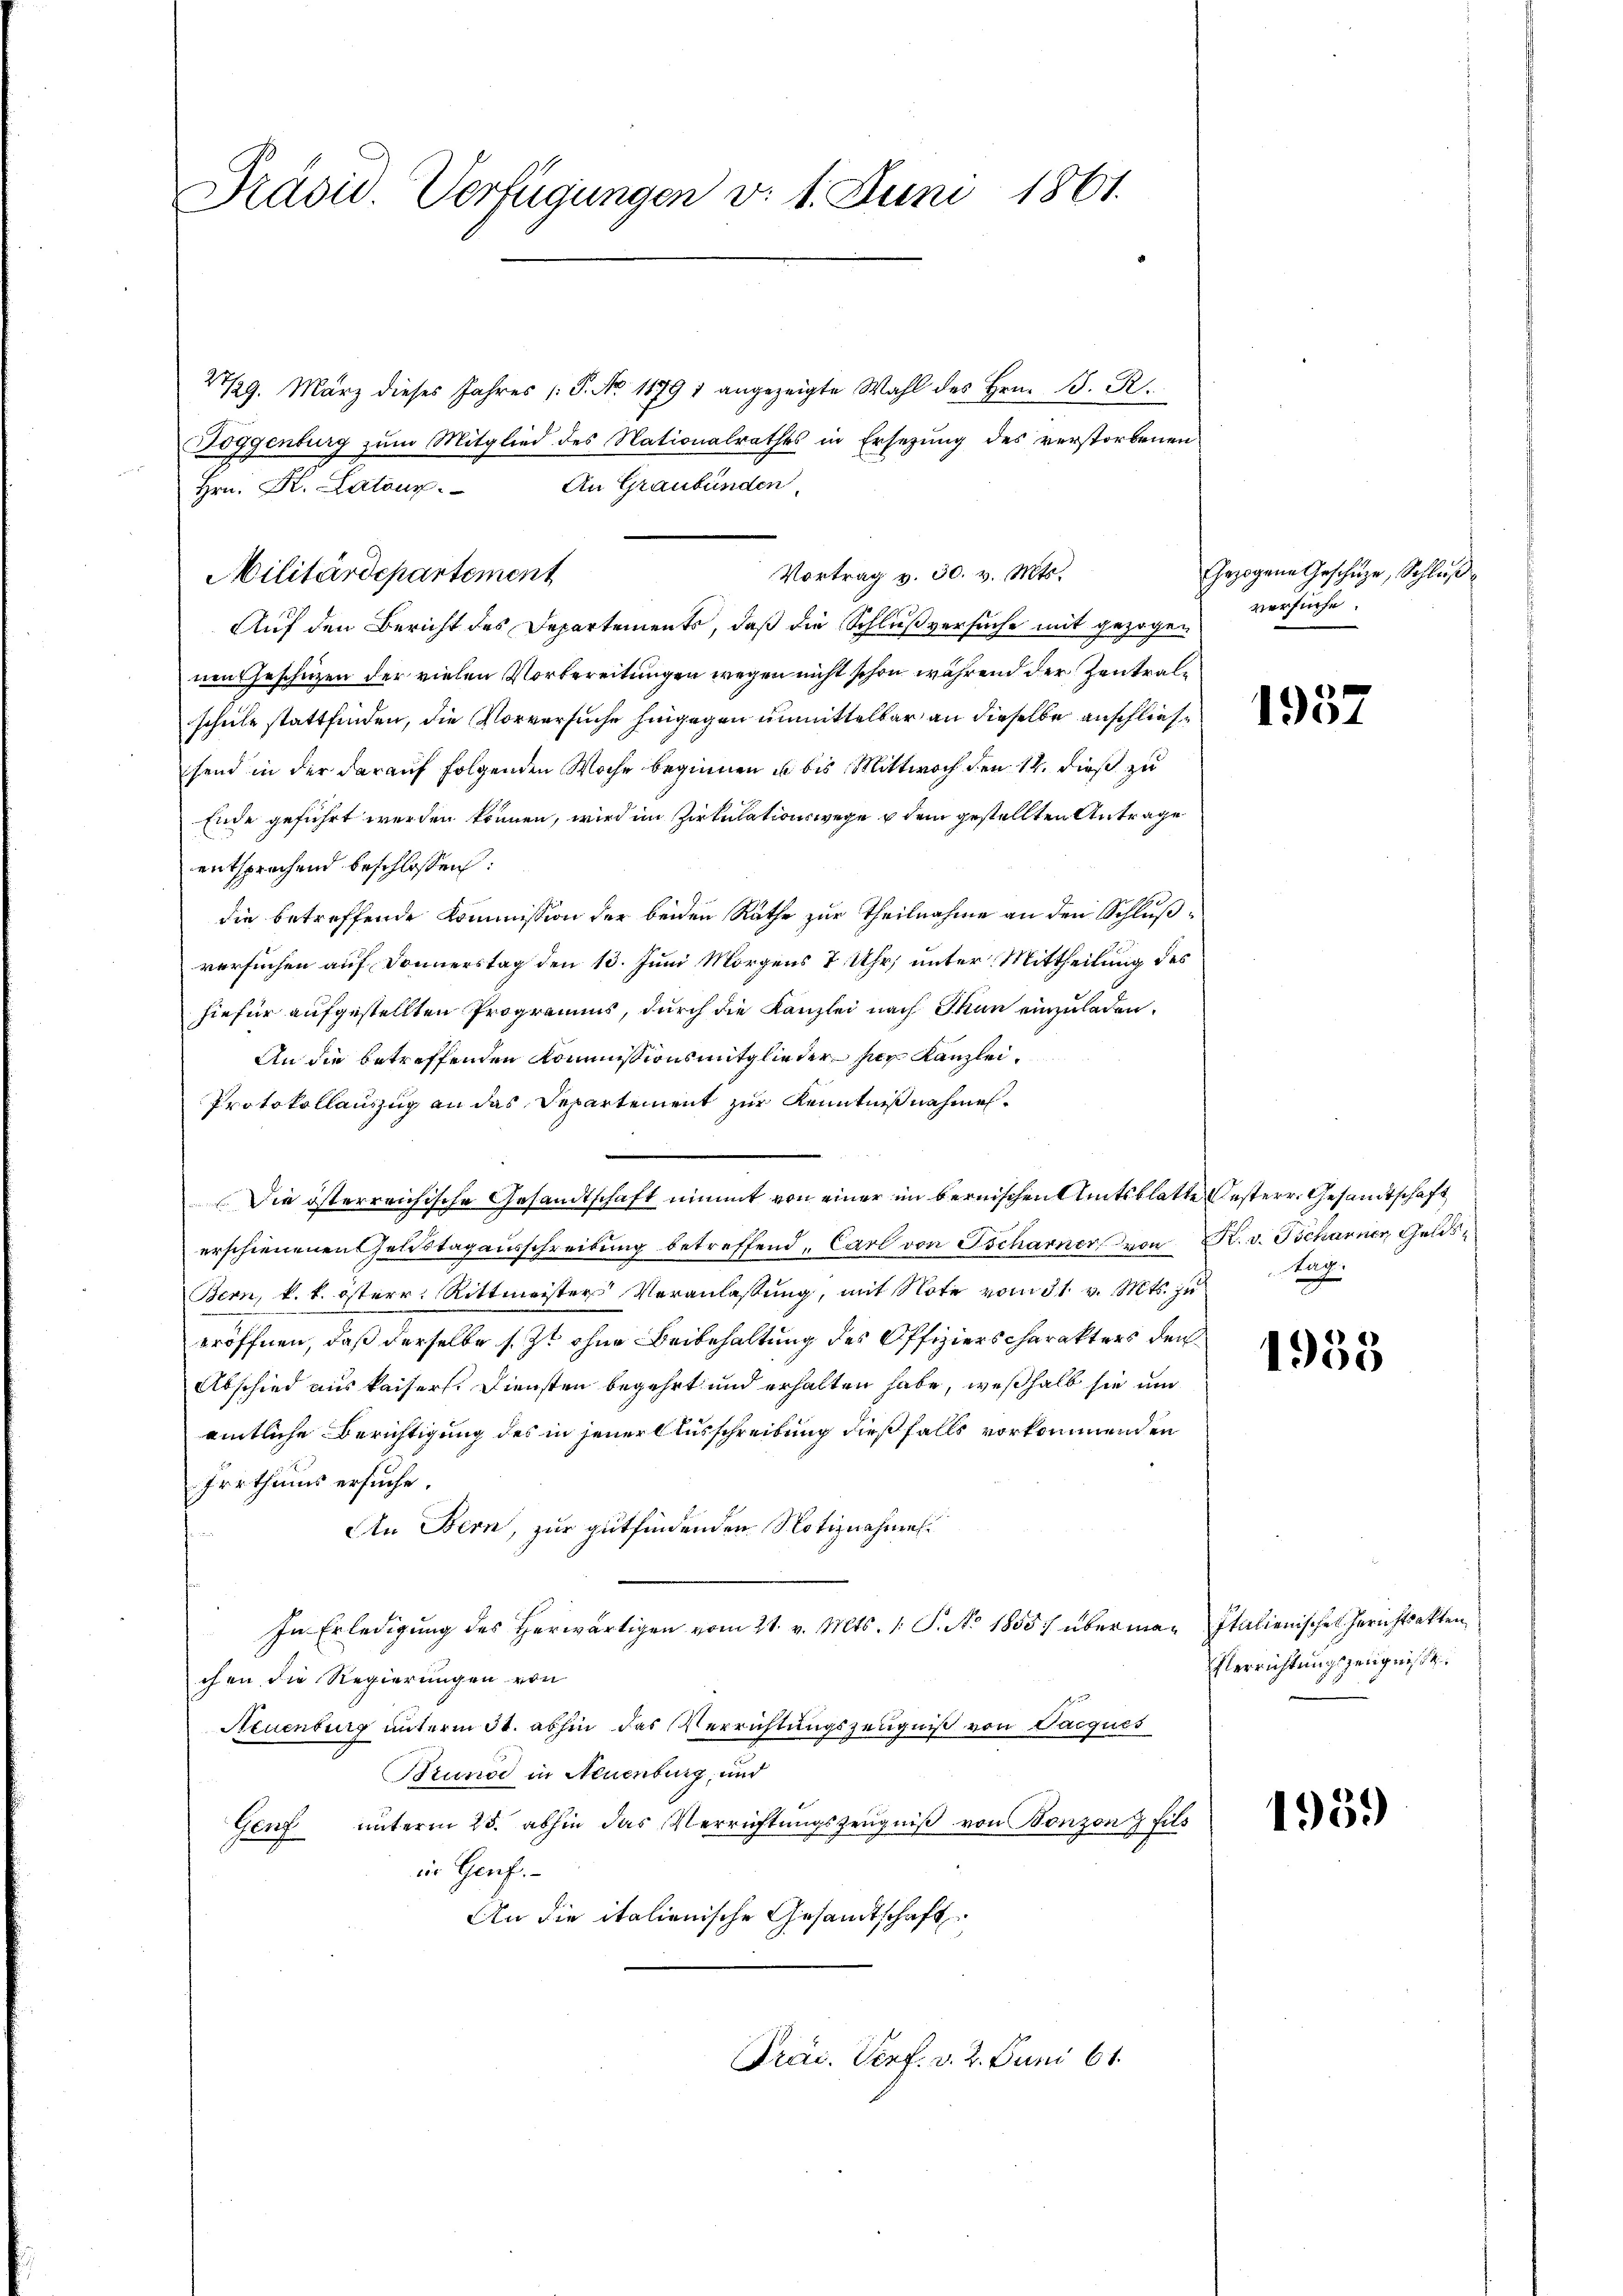
Präsid. Verfügungen v. 1. Juni 1861.

29. März dieses Jahres (S. No. 11791 angezeigte Wahl des Hrn. B. R.
Auf den Bericht des Departements, daß die Schlußversuche mit gezogen
nen Geschäzen der vielen Vorbereitungen wegen nicht schon während der Zentralschule stattfinden, die Vorversuche hingegen unmittelbar an dieselbe anschließsend in der darauf folgenden Woche beginnen u. bis Mittwoch den 14. dieß zu
Ende geführt werden können, wird im Zirkulationswege & dem gestellten Antrage
entsprechend beschlossen:
die betreffende Kommission der beiden Rathe zur Theilnahme an den Schlußversuchen auf Donnerstag den 13. Juni Morgens 7 Uhr, unter Mittheilung des
hiefür aufgestellten Programms, durch die Kanzlei nach Thun einzuladen.
An die betreffenden Kommissionsmitglieder für Kanzlei.
Protokollauszug an das Departement zur Kenntnißnahmes¬
Die österreichische Gesandtschaft nimmt von einer im bernischen Amtsblatte esterr. Gesandtschaft,
erschienenen Geldstagausschreibung betreffend, Carl von Scharner von R. v. Tscharner Gelds
Bern, k. k. österr. Rittmeisters Veranlassung, mit Note vom 31. v. Mts. zu
eröffnen, daß derselbe s. Zt ohne Beibehaltung des Offizierscharakters den
Abschied aus kaisers. Diensten begehrt und erhalten habe, weßhalb sie um
amtliche Berichtigung des in jener Ausschreibung dießfalls vorkommenden
Irrthums ersuche.
An Bern, zur gutfindenden Notiznahmen
In Erledigung des herwärtigen vom 21. v. Mts. 1. P. No 18557 überman Italienische Gerichtsakten,
chen die Regierungen von
Neuenburg unterm 31. abhin das Verrichtungszeugniß von Pacques
Brunod in Neuenburg, und
Genf unterm 25. abhin das Verrichtungszeugniß von Bonzona fils
in Genf.
An die italienische Gesandtschaft
Präs. Verf. v. 2. Juni 61.

Toggenburg zum Mitglied des Nationalrathes in Ersezung des verstorbenen
Hrn. K. Latour. An Graubünden,
Militärdepartement

Vortrag v. 30. v. Mts.

Gezogene Geschüze, Schluß
versuche.

1957

Aug.

1955

Verrichtungszeugniße.

1959